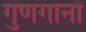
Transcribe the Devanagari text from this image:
गुणगानों